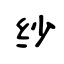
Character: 缈